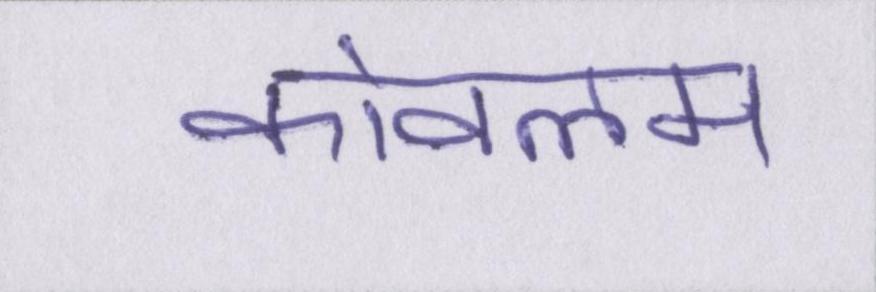
कोवलम